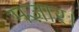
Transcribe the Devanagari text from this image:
मज़ार।